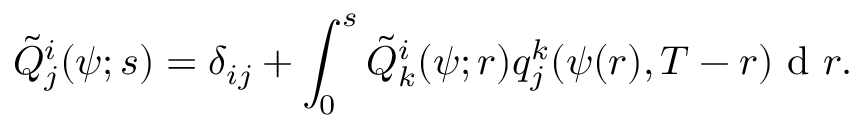
\tilde { Q } _ { j } ^ { i } ( \psi ; s ) = \delta _ { i j } + \int _ { 0 } ^ { s } \tilde { Q } _ { k } ^ { i } ( \psi ; r ) q _ { j } ^ { k } ( \psi ( r ) , T - r ) \textrm { d } r .